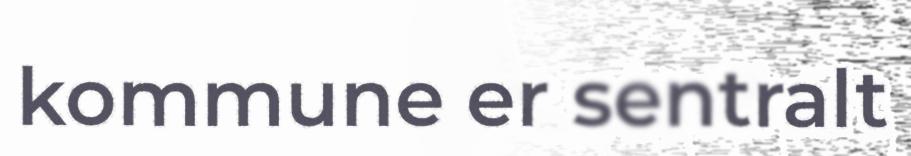
kommune er sentralt